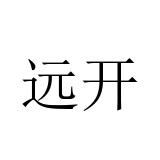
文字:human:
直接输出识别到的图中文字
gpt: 远开